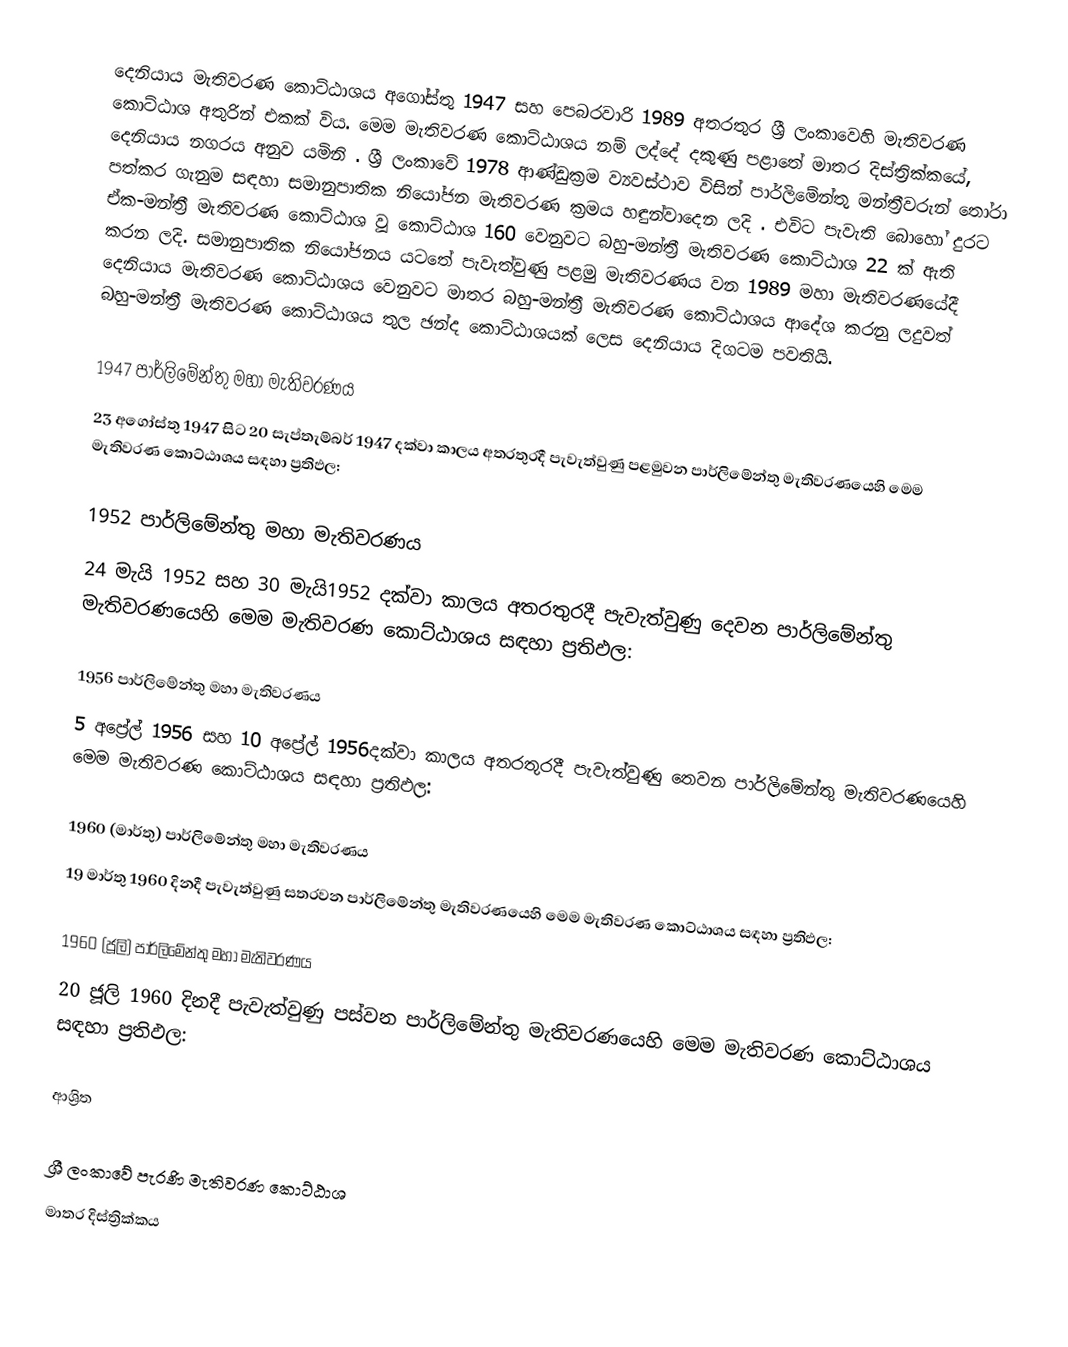
දෙනියාය මැතිවරණ කොට්ඨාශය  අගෝස්තු 1947 සහ පෙබරවාරි 1989 අතරතුර  ශ්‍රී ලංකාවෙහි  මැතිවරණ කොට්ඨාශ අතුරින් එකක් විය. මෙම මැතිවරණ කොට්ඨාශය නම් ලද්දේ දකුණු පළාතේ මාතර දිස්ත්‍රික්කයේ,  දෙනියාය  නගරය අනුව යමිනි . ශ්‍රී ලංකාවේ 1978 ආණ්ඩුක්‍රම ව්‍යවස්ථාව විසින්   පාර්ලිමේන්තු මන්ත්‍රීවරුන් තෝරා පත්කර ගැනුම සඳහා සමානුපාතික නියෝජන මැතිවරණ ක්‍රමය හඳුන්වාදෙන ලදි . එවිට පැවැති බොහෝ දුරට  ඒක-මන්ත්‍රී මැතිවරණ කොට්ඨාශ වූ කොට්ඨාශ 160 වෙනුවට බහු-මන්ත්‍රී මැතිවරණ කොට්ඨාශ 22 ක් ඇති කරන ලදි. සමානුපාතික නියෝජනය යටතේ පැවැත්වුණු  පළමු මැතිවරණය වන 1989 මහා මැතිවරණයේදී  දෙනියාය මැතිවරණ කොට්ඨාශය වෙනුවට මාතර බහු-මන්ත්‍රී මැතිවරණ කොට්ඨාශය  ආදේශ කරනු ලදුවත් බහු-මන්ත්‍රී මැතිවරණ කොට්ඨාශය තුල ඡන්ද කොට්ඨාශයක් ලෙස දෙනියාය දිගටම පවතියි.

1947 පාර්ලිමේන්තු මහා මැතිවරණය
23 අගෝස්තු 1947 සිට 20 සැප්තැම්බර් 1947 දක්වා කාලය අතරතුරදී පැවැත්වුණු   පළමුවන පාර්ලිමේන්තු මැතිවරණයෙහි මෙම මැතිවරණ කොට්ඨාශය සඳහා ප්‍රතිඵල:

1952 පාර්ලිමේන්තු මහා මැතිවරණය
24 මැයි 1952 සහ 30 මැයි1952 දක්වා කාලය අතරතුරදී පැවැත්වුණු   දෙවන පාර්ලිමේන්තු මැතිවරණයෙහි මෙම මැතිවරණ කොට්ඨාශය සඳහා ප්‍රතිඵල:

1956 පාර්ලිමේන්තු මහා මැතිවරණය
5 අප්‍රේල් 1956 සහ 10 අප්‍රේල් 1956දක්වා කාලය අතරතුරදී පැවැත්වුණු   තෙවන පාර්ලිමේන්තු මැතිවරණයෙහි මෙම මැතිවරණ කොට්ඨාශය සඳහා ප්‍රතිඵල:

1960 (මාර්තු) පාර්ලිමේන්තු මහා මැතිවරණය
19 මාර්තු 1960 දිනදී පැවැත්වුණු   සතරවන පාර්ලිමේන්තු මැතිවරණයෙහි මෙම මැතිවරණ කොට්ඨාශය සඳහා ප්‍රතිඵල:

1960 (ජූලි) පාර්ලිමේන්තු මහා මැතිවරණය
20 ජූලි 1960 දිනදී පැවැත්වුණු   පස්වන පාර්ලිමේන්තු මැතිවරණයෙහි මෙම මැතිවරණ කොට්ඨාශය සඳහා ප්‍රතිඵල:

ආශ්‍රිත

ශ්‍රී ලංකාවේ පැරණි මැතිවරණ කොට්ඨාශ
මාතර දිස්ත්‍රික්කය